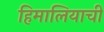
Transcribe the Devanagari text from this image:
हिमालियाची